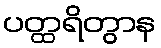
ပတ္ထရိတွာန